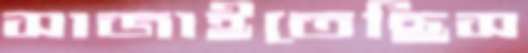
সাজাইতেছিস